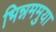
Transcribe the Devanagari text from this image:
भिन्नममुया